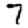
Digit: 7